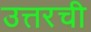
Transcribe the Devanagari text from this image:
उत्तरची